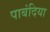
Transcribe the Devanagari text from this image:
पाबंदिया